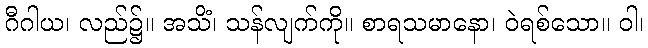
ဂီဂါယ၊ လည်၌။ အသိံ၊ သန်လျက်ကို။ စာရသမာနော၊ ဝဲရစ်သော။ ဝါ၊